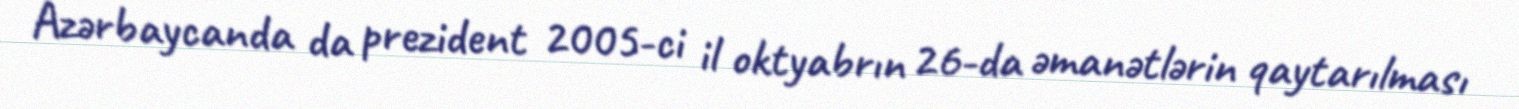
Azərbaycanda da prezident 2005-ci il oktyabrın 26-da əmanətlərin qaytarılması